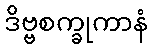
ဒိဗ္ဗစက္ခုကာနံ